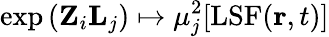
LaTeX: \exp{(\mathbf{Z}_{i}\mathbf{L}_{j})}\mapsto\mu_{j}^{2}[\mathrm{LSF}(\mathbf{r},t)]